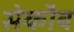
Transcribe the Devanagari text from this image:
सेकौब